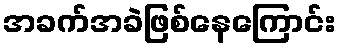
အခက်အခဲဖြစ်နေကြောင်း